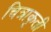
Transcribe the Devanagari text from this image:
चित्राकृती